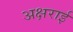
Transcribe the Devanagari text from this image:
अक्षराई